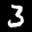
Label: 3